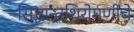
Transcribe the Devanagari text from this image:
सिद्धान्तशिरोमणीचे